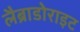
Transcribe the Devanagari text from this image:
लैब्राडोराइट